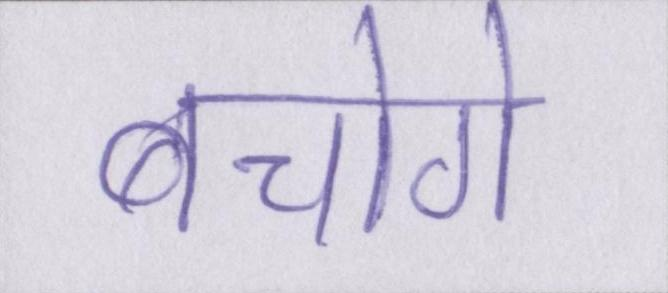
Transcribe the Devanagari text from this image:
बचोगे